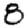
Digit: 8